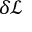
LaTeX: \delta { \mathcal { L } }